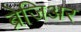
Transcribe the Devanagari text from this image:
ब्रेजिअर